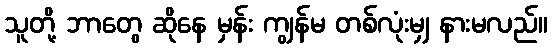
သူတို့ ဘာတွေ ဆိုနေ မှန်း ကျွန်မ တစ်လုံးမျှ နားမလည်။